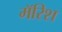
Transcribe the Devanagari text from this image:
मॅरिश